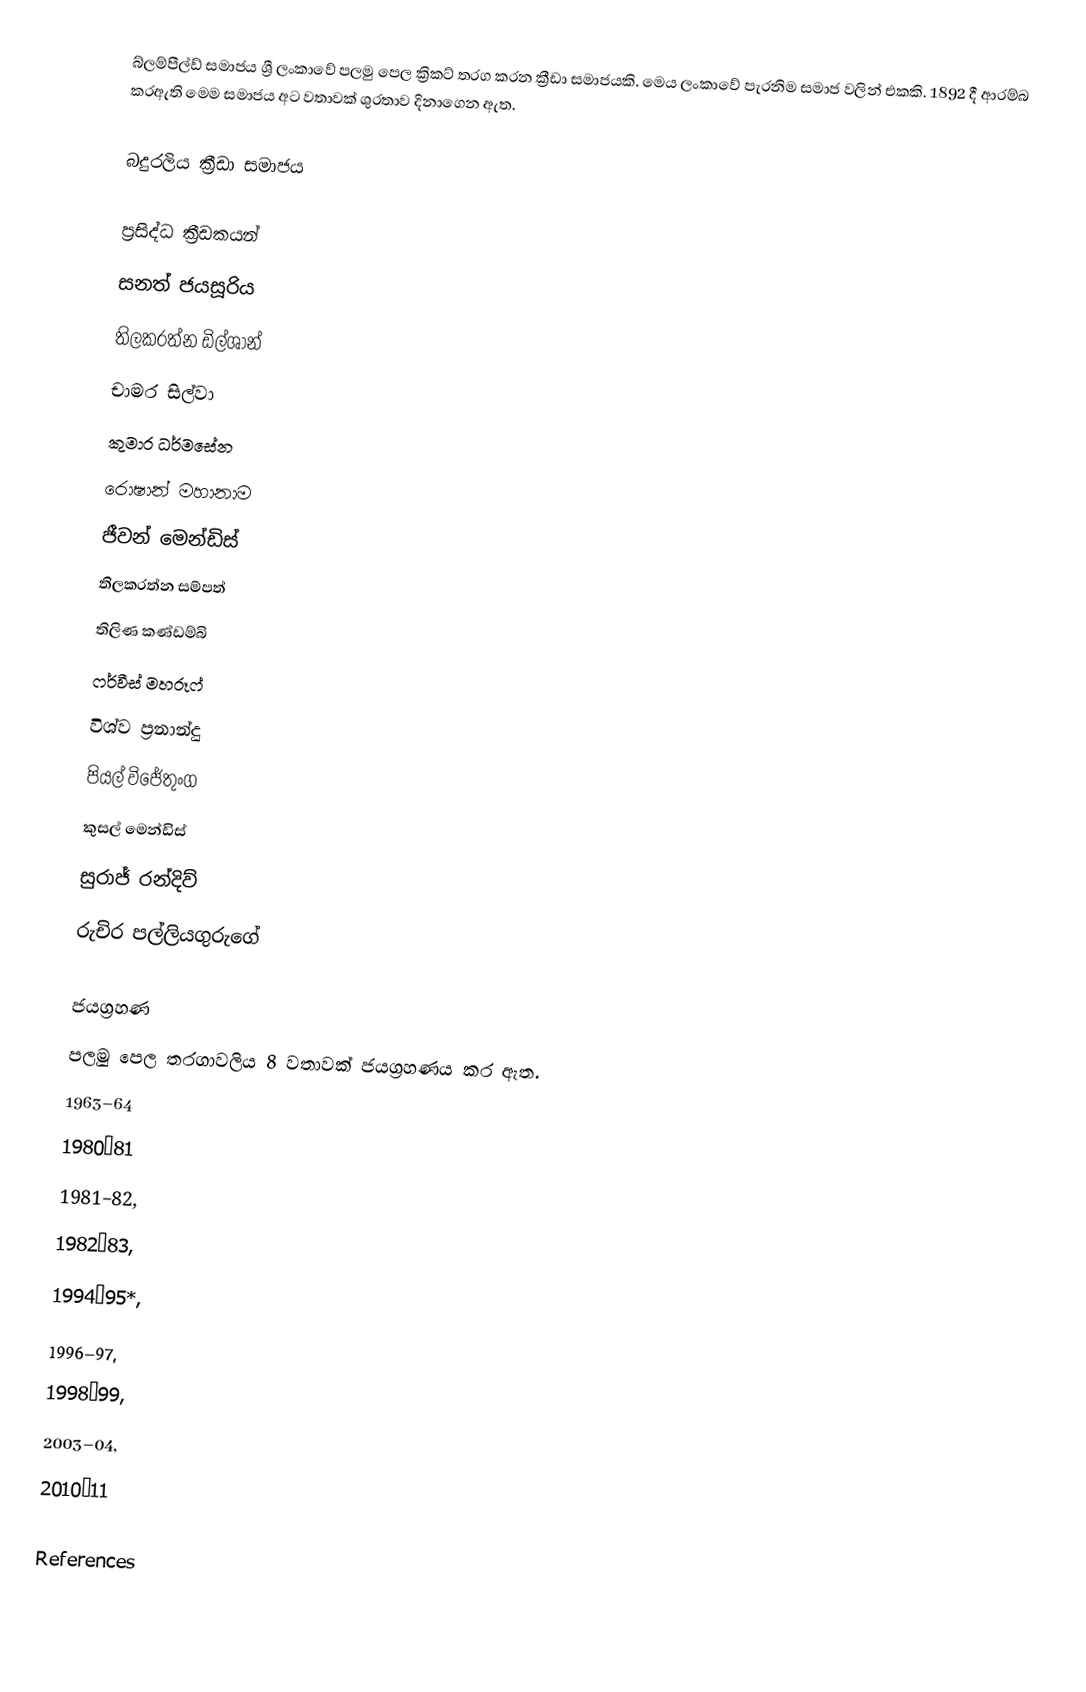
බ්ලම්පීල්ඩ් සමාජය ශ්‍රී ලංකාවේ පලමු පෙල ක්‍රිකට් තරග කරන ක්‍රීඩා සමාජයකි. මෙය ලංකාවේ පැරනිම සමාජ වලින් එකකි. 1892 දී ආරම්බ කරඇති මෙම සමාජය අට වතාවක් ශුරතාව දිනාගෙන ඇත.

බදුරලිය ක්‍රීඩා සමාජය

ප්‍රසිද්ධ ක්‍රීඩකයන්
 සනත් ජයසූරිය
 තිලකරත්න ඩිල්ශාන්
 චාමර සිල්වා
 කුමාර ධර්මසේන
 රොෂාන් මහානාම
 ජීවන් මෙන්ඩිස්
 තිලකරත්න සම්පත්
 තිලිණ කණ්ඩම්බි
 ෆර්වීස් මහරූෆ්
 විශ්ව ප්‍රනාන්දු
 පියල් විජේතුංග
 කුසල් මෙන්ඩිස්
 සුරාජ් රන්දිව්
 රුචිර පල්ලියගුරුගේ

ජයග්‍රහණ
පලමු පෙල තරගාවලිය 8 වතාවක් ජයග්‍රහණය කර ඇත.
 1963–64
 1980–81
 1981–82,
 1982–83,
 1994–95*,
 1996–97,
 1998–99,
 2003–04,
 2010–11

References